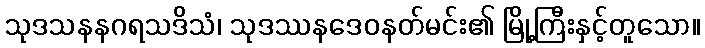
သုဒသနနဂရသဒိသံ၊ သုဒဿနဒေဝနတ်မင်း၏ မြို့ကြီးနှင့်တူသော။